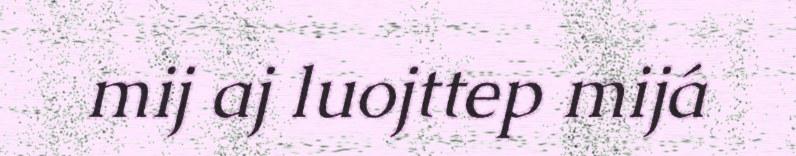
mij aj luojttep mijá